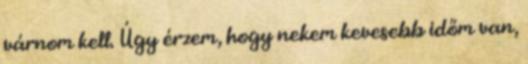
várnom kell. Úgy érzem, hogy nekem kevesebb időm van,